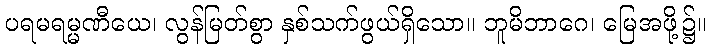
ပရမရမ္မဏီယေ၊ လွန်မြတ်စွာ နှစ်သက်ဖွယ်ရှိသော။ ဘူမိဘာဂေ၊ မြေအဖို့၌။